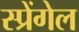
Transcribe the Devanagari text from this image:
स्प्रेंगेल